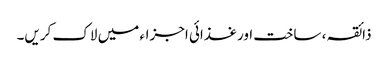
ذائقہ ، ساخت اور غذائی اجزاء میں لاک کریں۔